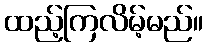
ထည့်ကြလိမ့်မည်။